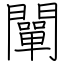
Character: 闡